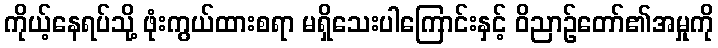
ကိုယ့်နေရပ်သို့ ဖုံးကွယ်ထားစရာ မရှိသေးပါကြောင်းနှင့် ဝိညာဉ်တော်၏အမှုကို